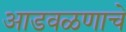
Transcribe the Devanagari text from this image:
आडवळणाचे